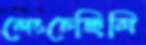
লেংচেছিলি